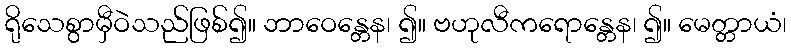
ရိုသေစွာမှီဝဲသည်ဖြစ်၍။ ဘာဝေန္တေန၊ ၍။ ဗဟုလီကရောန္တေန၊ ၍။ မေတ္တာယံ၊